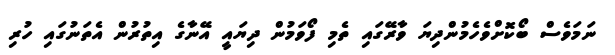
ނަމަވެސް ބޯކޮށްވެހެމުންދިޔަ ވާރޭގައި ތެމި ފޯވަމުން ދިޔައީ އޭނާގެ އިތުރުން އެތަނުގައި ހުރި